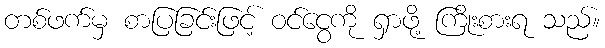
တစ်ဖက်မှ စာပြခြင်းဖြင့် ဝင်ငွေကို ရှာဖို့ ကြိုးစားရ သည်။